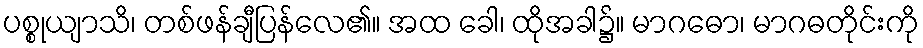
ပစ္စုယျာသိ၊ တစ်ဖန်ချီပြန်လေ၏။ အထ ခေါ၊ ထိုအခါ၌။ မာဂဓော၊ မာဂဓတိုင်းကို